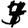
Digit: 4